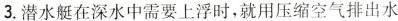
3.潜水艇在深水中需要上浮时，就用压缩空气排出水